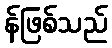
န်ဖြစ်သည်